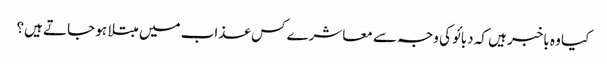
کیا وہ باخبر ہیں کہ دبائو کی وجہ سے معاشرے کس عذاب میں مبتلا ہو جاتے ہیں؟